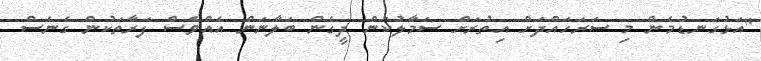
"އަޅުގަނޑުމެން މި ސަރަހައްދަށް އިތުރަށް ސަމާލުކަން ދީގެން ބަލާނަން އެއްވެސް ފަރާތަކުން ގެނެސް